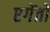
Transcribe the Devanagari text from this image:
एगेंतों